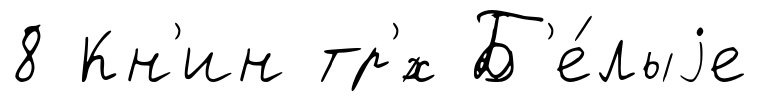
8 Кн'ин тр'́х Б'е́лыjе